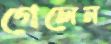
গেলেন